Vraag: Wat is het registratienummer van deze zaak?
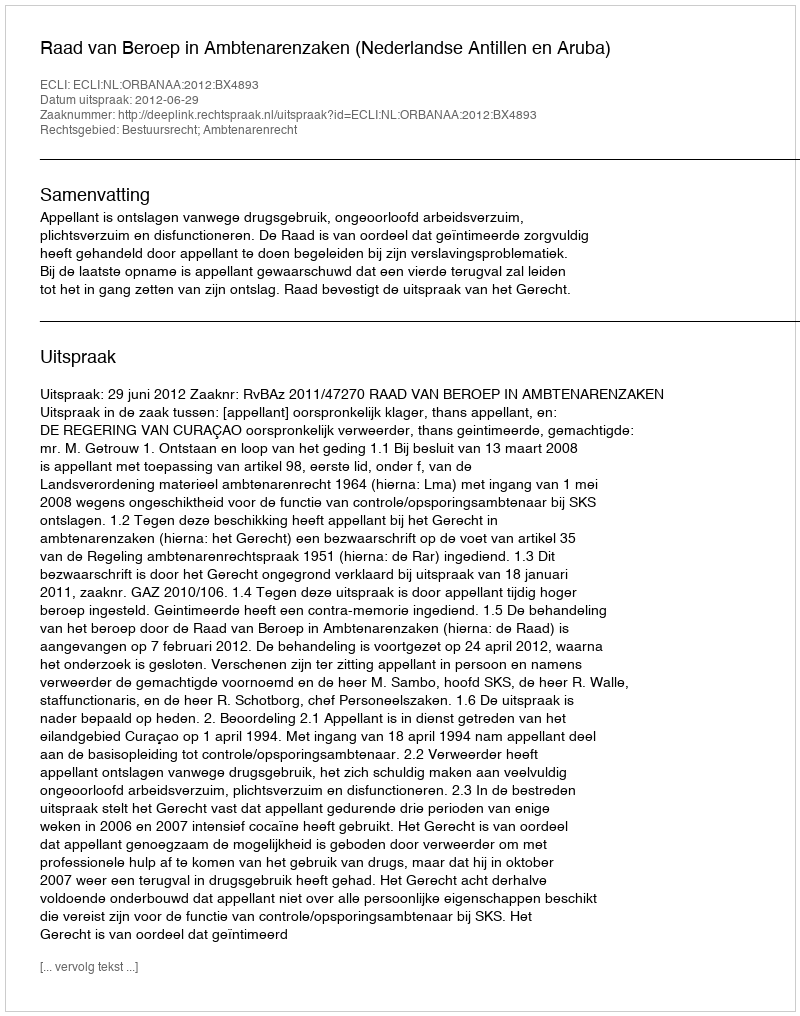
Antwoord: http://deeplink.rechtspraak.nl/uitspraak?id=ECLI:NL:ORBANAA:2012:BX4893